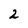
Character: 2